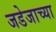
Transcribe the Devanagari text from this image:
जडेजाच्या